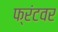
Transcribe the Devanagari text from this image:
फ्रंटवर